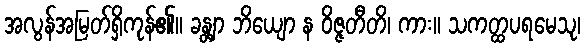
အလွန်အမြတ်ရှိကုန်၏။ ခန္တျာ ဘိယျော န ဝိဇ္ဇတီတိ၊ ကား။ သကတ္ထပရမေသု၊